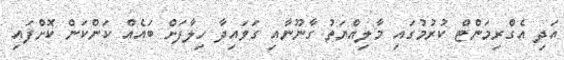
އަދި އެގްރިމަންޓް ކުރުމުގައި މާލިއްޔަތު ގާނޫނާއި ގަވައިދާ ހިލާފަށް ބައެއް ކަންކަން ކޮށްފައި